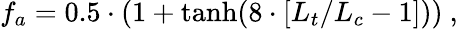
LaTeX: f_{a}=0.5\cdot(1+\operatorname{tanh}(8\cdot[L_{t}/L_{c}-1]))\mathrm{~,~}